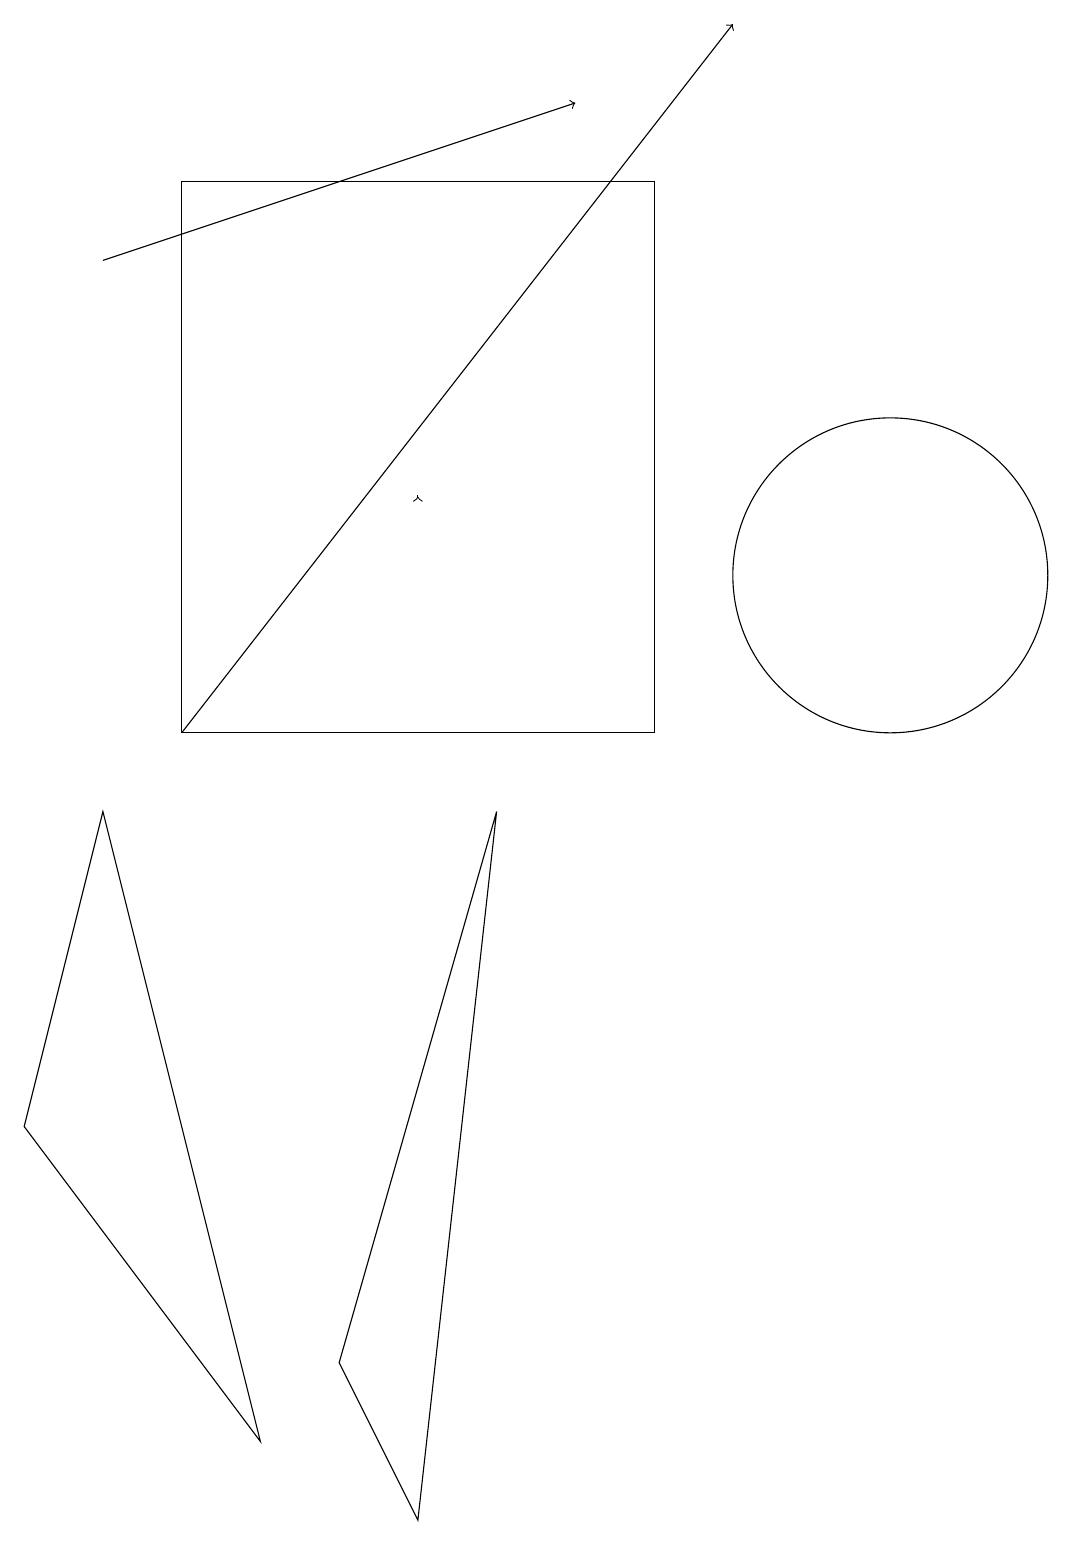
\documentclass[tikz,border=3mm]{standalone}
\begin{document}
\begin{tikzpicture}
\draw[->] (1,16) -- (7,18);
\draw (1,9) -- (3,1) -- (0,5) -- cycle;
\draw (11,12) circle (2);
\draw (2,17) rectangle (8,10);
\draw[->] (5,13) -- (5,13);
\draw[->] (2,10) -- (9,19);
\draw (6,9) -- (5,0) -- (4,2) -- cycle;
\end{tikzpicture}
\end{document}